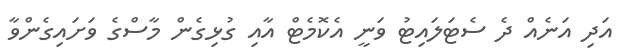
އަދި އަނެއް ދެ ސެޓަލައިޓު ވަނީ އެކޮމެޓް އާއި ގުޅިގެން މާސްގެ ވަށައިގެންވާ